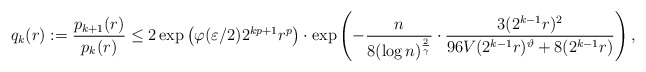
\begin{align*}q_k(r) := \frac{p_{k+1}(r)}{p_k(r)}\leq 2 \exp \left( \varphi(\varepsilon/2) 2^{k p + 1} r^p \right) \cdot \exp \left( - \frac{n}{8 (\log n)^{\frac{2}{\gamma}}} \cdot \frac{3 (2^{k-1} r)^2}{96 V (2^{k-1} r)^{\vartheta} + 8 (2^{k-1} r)} \right),\end{align*}